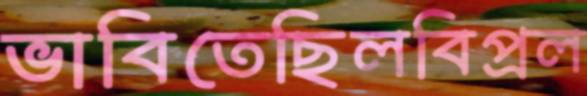
ভাবিতেছিলবিপ্রল